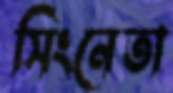
সিংনেতা